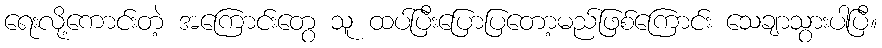
ရေးလို့ကောင်းတဲ့ အကြောင်းတွေ သူ ထပ်ပြီးပြောပြတော့မည်ဖြစ်ကြောင်း သေချာသွားပါပြီ။